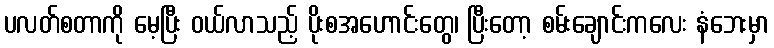
ပလတ်စတာကို မေ့ပြီး ဝယ်လာသည့် ပိုးစအဟောင်းတွေ၊ ပြီးတော့ စမ်းချောင်းကလေး နံဘေးမှာ